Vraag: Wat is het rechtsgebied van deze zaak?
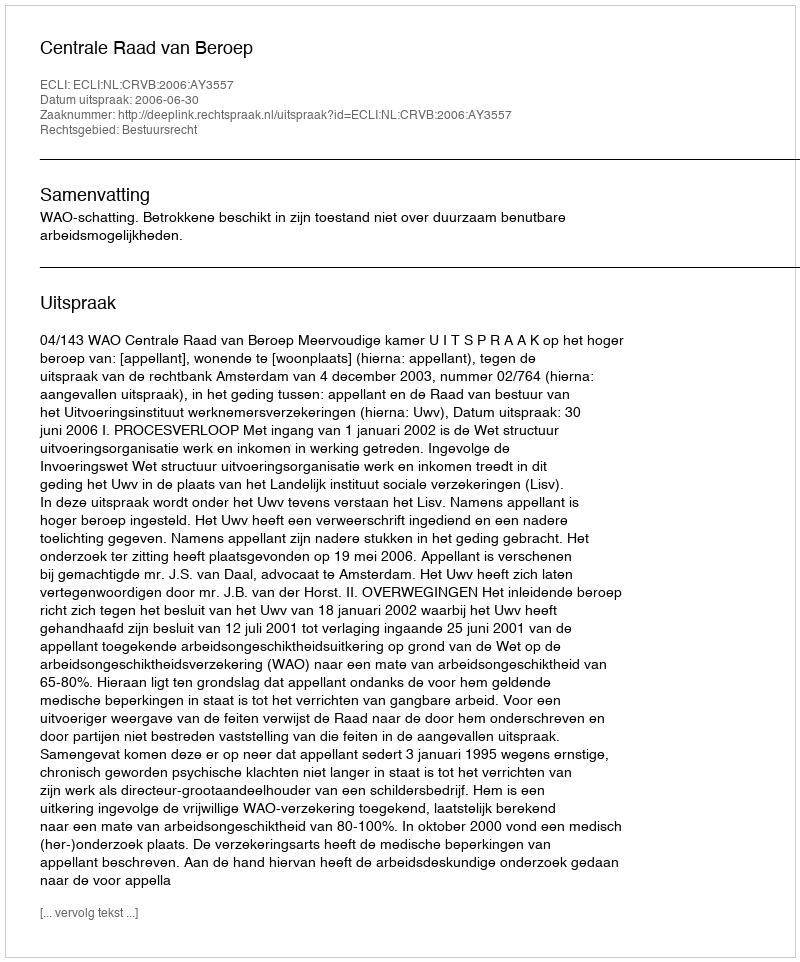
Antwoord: Bestuursrecht